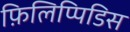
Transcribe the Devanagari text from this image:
फ़िलिप्पिडिस